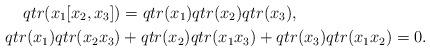
LaTeX: \begin{align*}qtr(x_1[x_2,x_3])&=qtr(x_1)qtr(x_2)qtr(x_3),\\qtr(x_1)qtr(x_2x_3)&+qtr(x_2)qtr(x_1x_3)+qtr(x_3)qtr(x_1x_2)=0.\end{align*}